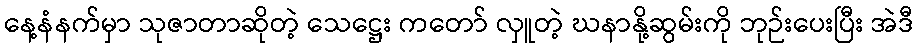
နေ့နံနက်မှာ သုဇာတာဆိုတဲ့ သေဋ္ဌေး ကတော် လှူတဲ့ ဃနာနို့ဆွမ်းကို ဘုဉ်းပေးပြီး အဲဒီ